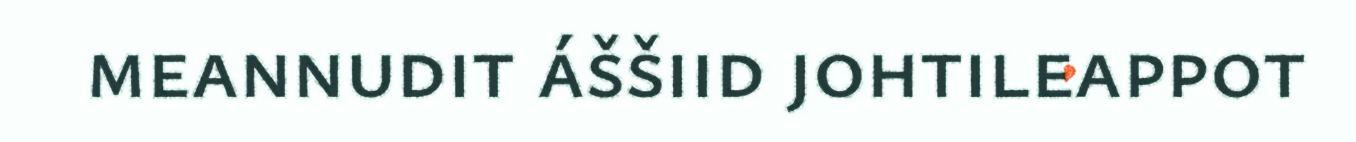
meannudit áššiid johtileappot